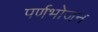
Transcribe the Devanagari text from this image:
पर्णभोजन